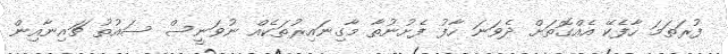
ފުރަތަމަ ހާފެކޭ އެއްގޮތަށް ދެވަނަ ހާފު ފެށުނުތާ މާގިނައިރުތަކެއް ނުވަނީސް ސައުތު ޗައިނާއިން